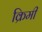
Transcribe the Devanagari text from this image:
क्रिमी